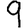
Digit: 9